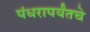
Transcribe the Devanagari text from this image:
पंधरापर्यंतचे